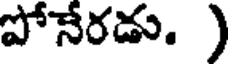
పోనేరడు. )